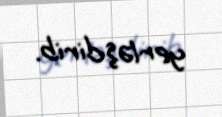
yerləşdirib.